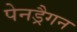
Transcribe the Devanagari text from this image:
पेनड्रैगन